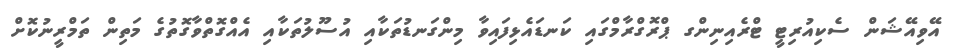
އޭވިއޭޝަން ސެކިއުރިޓީ ޓްރެއިނިންގ ޕްރޮގްރާމްގައި ކަނޑައެޅިފައިވާ މިންގަނޑުތަކާއި އުސޫލުތަކާއި އެއްގޮތްވާގޮތުގެ މަތިން ތަމްރީނުކޮށް